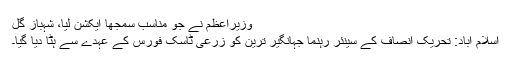
وزیراعظم نے جو مناسب سمجھا ایکشن لیا، شہباز گل
اسلام آباد: تحریک انصاف کے سینئر رہنما جہانگیر ترین کو زرعی ٹاسک فورس کے عہدے سے ہٹا دیا گیا۔